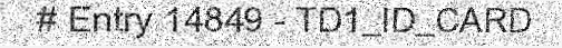
# Entry 14849 - TD1_ID_CARD